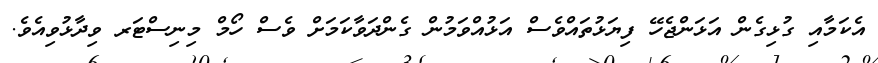
އެކަމާއި ގުޅިގެން އަޅަންޖެހޭ ފިޔަޅުތައްވެސް އަޅުއްވަމުން ގެންދަވާކަމަށް ވެސް ހޯމް މިނިސްޓަރ ވިދާޅުވިއެވެ.